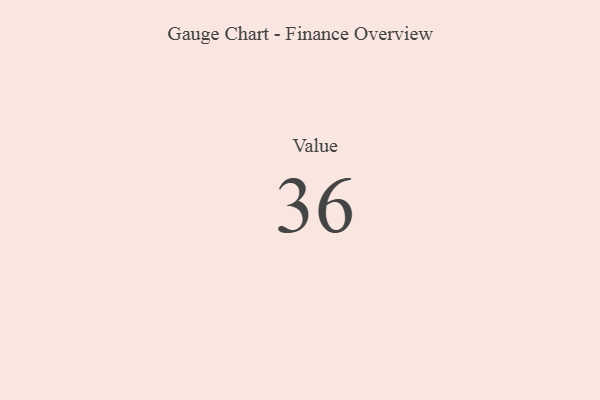
{"axis": {"x": "Metric", "y": "Value"}, "legend": [""], "data": [{"x": "Value", "y": 36, "type": ""}]}